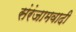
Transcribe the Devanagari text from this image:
संरंजामवादी